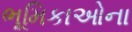
ભૂમિકાઓના